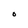
Character: O